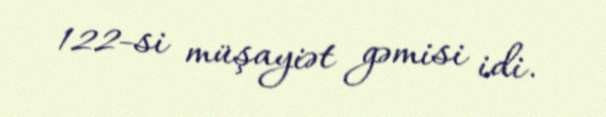
122-si müşayiət gəmisi idi.